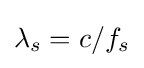
\lambda _{s}=c/f_{s}